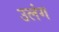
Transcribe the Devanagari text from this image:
उलंग